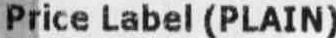
PRICE LABEL (PLAIN)